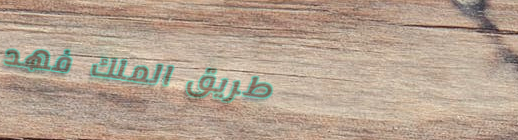
طريق الملك فهد